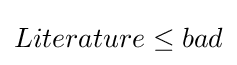
Literature\leq bad